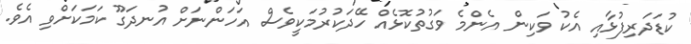
ކުޑަދަރިފުޅާއި އެކު ވަކިން އެންމެ ވަގުތުކޮޅެއް ހޭދަކުރުމަކީވެސް އަހަންނަށް އުނދަގޫ ކަމަކަށްވި އެވެ.